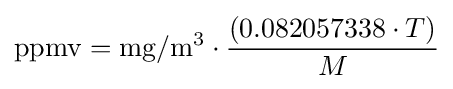
\mathrm {ppmv} =\mathrm {mg} /\mathrm {m} ^{3}\cdot {\frac {(0.082057338\cdot T)}{M}}